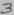
Text: 3